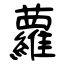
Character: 蘿